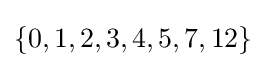
\{0,1,2,3,4,5,7,12\}